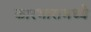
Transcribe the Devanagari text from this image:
कारभारामध्ये